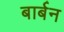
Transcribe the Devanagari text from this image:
बार्बन